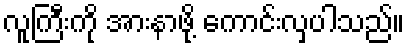
လူကြီးကို အားနာဖို့ ကောင်းလှပါသည်။